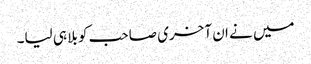
میں نے ان آخری صاحب کو بلا ہی لیا۔